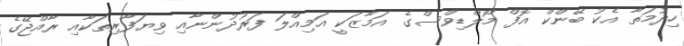
ހިދުމަތާ އެކު ބޭންކް އޮފް މޯލްޑިވްސްގެ އަމާޒަކީ އަމިއްލަ ފަރުދުންނާއި ވިޔަފާރިތަކާއި ރާއްޖޭގެ